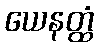
ယေနတ္ထံ